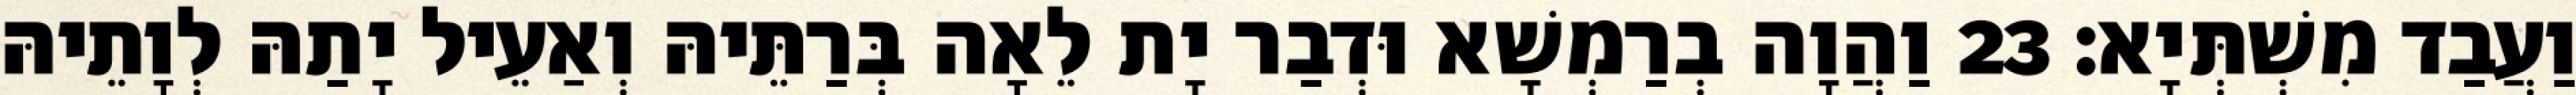
וַעֲבַד מִשְׁתְּיָא׃ 23 וַהֲוָה בְרַמְשָׁא וּדְבַר יָת לֵאָה בְּרַתֵּיהּ וְאַעֵיל יָתַהּ לְוָתֵיהּ